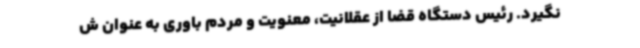
نگیرد. رئیس دستگاه قضا از عقلانیت، معنویت و مردم باوری به عنوان ش